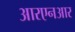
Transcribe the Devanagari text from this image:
आरएनआर